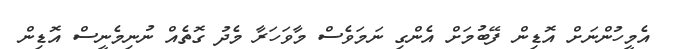
އެމީހުންނަށް އޮޑިން ފޭބުމަށް އެންގި ނަމަވެސް މާވަހަރާ މެދު ގޮތެއް ނުނިމެނީސް އޮޑިން